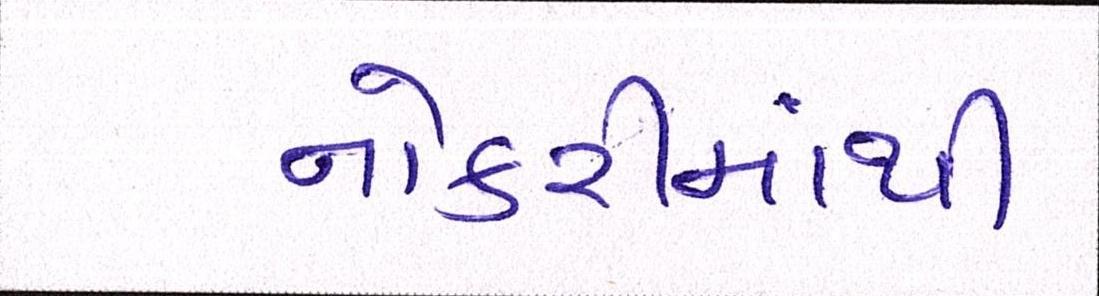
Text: નોકરીમાંથી